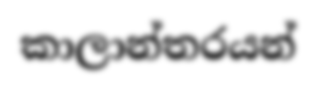
කාලාන්තරයන්